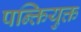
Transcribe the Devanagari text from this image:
पन्क्तियुक्त